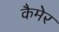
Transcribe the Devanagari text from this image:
कैमेर